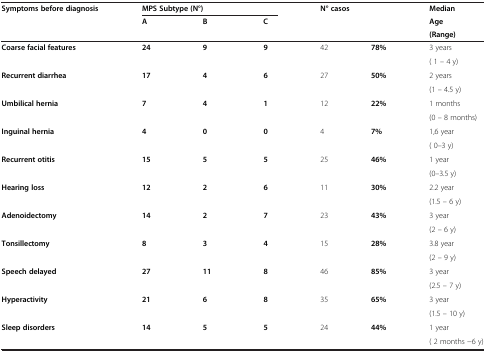
<table><thead><tr><td rowspan="3"><b>Symptoms before diagnosis</b></td><td colspan="3"><b>MPS Subtype (N°)</b></td><td rowspan="3" colspan="2"><b>N° casos</b></td><td><b>Median</b></td></tr><tr><td rowspan="2"><b>A</b></td><td rowspan="2"><b>B</b></td><td rowspan="2"><b>C</b></td><td><b>Age</b></td></tr><tr><td><b>(Range)</b></td></tr></thead><tbody><tr><td rowspan="2"><b>Coarse facial features</b></td><td rowspan="2"><b>24</b></td><td rowspan="2"><b>9</b></td><td rowspan="2"><b>9</b></td><td rowspan="2">42</td><td rowspan="2"><b>78%</b></td><td>3 years</td></tr><tr><td>( 1 – 4 y)</td></tr><tr><td rowspan="2"><b>Recurrent diarrhea</b></td><td rowspan="2"><b>17</b></td><td rowspan="2"><b>4</b></td><td rowspan="2"><b>6</b></td><td rowspan="2">27</td><td rowspan="2"><b>50%</b></td><td>2 years</td></tr><tr><td>(1 – 4.5 y)</td></tr><tr><td rowspan="2"><b>Umbilical hernia</b></td><td rowspan="2"><b>7</b></td><td rowspan="2"><b>4</b></td><td rowspan="2"><b>1</b></td><td rowspan="2">12</td><td rowspan="2"><b>22%</b></td><td>1 months</td></tr><tr><td>(0 – 8 months)</td></tr><tr><td rowspan="2"><b>Inguinal hernia</b></td><td rowspan="2"><b>4</b></td><td rowspan="2"><b>0</b></td><td rowspan="2"><b>0</b></td><td rowspan="2">4</td><td rowspan="2"><b>7%</b></td><td>1,6 year</td></tr><tr><td>( 0–3 y)</td></tr><tr><td rowspan="2"><b>Recurrent otitis</b></td><td rowspan="2"><b>15</b></td><td rowspan="2"><b>5</b></td><td rowspan="2"><b>5</b></td><td rowspan="2">25</td><td rowspan="2"><b>46%</b></td><td>1 year</td></tr><tr><td>(0–3.5 y)</td></tr><tr><td rowspan="2"><b>Hearing loss</b></td><td rowspan="2"><b>12</b></td><td rowspan="2"><b>2</b></td><td rowspan="2"><b>6</b></td><td rowspan="2">11</td><td rowspan="2"><b>30%</b></td><td>2.2 year</td></tr><tr><td>(1.5 – 6 y)</td></tr><tr><td rowspan="2"><b>Adenoidectomy</b></td><td rowspan="2"><b>14</b></td><td rowspan="2"><b>2</b></td><td rowspan="2"><b>7</b></td><td rowspan="2">23</td><td rowspan="2"><b>43%</b></td><td>3 year</td></tr><tr><td>(2 – 6 y)</td></tr><tr><td rowspan="2"><b>Tonsillectomy</b></td><td rowspan="2"><b>8</b></td><td rowspan="2"><b>3</b></td><td rowspan="2"><b>4</b></td><td rowspan="2">15</td><td rowspan="2"><b>28%</b></td><td>3.8 year</td></tr><tr><td>(2 – 9 y)</td></tr><tr><td rowspan="2"><b>Speech delayed</b></td><td rowspan="2"><b>27</b></td><td rowspan="2"><b>11</b></td><td rowspan="2"><b>8</b></td><td rowspan="2">46</td><td rowspan="2"><b>85%</b></td><td>3 year</td></tr><tr><td>(2.5 – 7 y)</td></tr><tr><td rowspan="2"><b>Hyperactivity</b></td><td rowspan="2"><b>21</b></td><td rowspan="2"><b>6</b></td><td rowspan="2"><b>8</b></td><td rowspan="2">35</td><td rowspan="2"><b>65%</b></td><td>3 year</td></tr><tr><td>(1.5 – 10 y)</td></tr><tr><td rowspan="2"><b>Sleep disorders</b></td><td rowspan="2"><b>14</b></td><td rowspan="2"><b>5</b></td><td rowspan="2"><b>5</b></td><td rowspan="2">24</td><td rowspan="2"><b>44%</b></td><td>1 year</td></tr><tr><td>( 2 months -6 y)</td></tr></tbody></table>